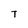
Character: T